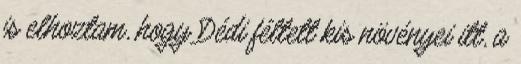
is elhoztam, hogy Dédi féltett kis növényei itt, a